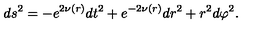
d s ^ { 2 } = - e ^ { 2 \nu ( r ) } d t ^ { 2 } + e ^ { - 2 \nu ( r ) } d r ^ { 2 } + r ^ { 2 } d \varphi ^ { 2 } .